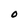
Character: O